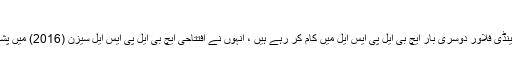
اینڈی فلاورز، اینڈی فلاور:
ملتان سلطانز کے ہیڈ کوچ اینڈی فلاور دوسری بار ایچ بی ایل پی ایس ایل میں کام کر رہے ہیں ، انہوں نے افتتاحی ایچ بی ایل پی ایس ایل سیزن (2016) میں پشاور زلمی کے ساتھ کام کیا۔